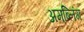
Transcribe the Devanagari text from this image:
अमब्लिंग